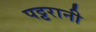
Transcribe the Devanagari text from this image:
पट्टरानी